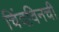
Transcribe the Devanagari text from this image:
चिंदविनची